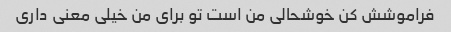
فراموشش کن خوشحالی من است تو برای من خیلی معنی داری